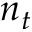
n _ { t }